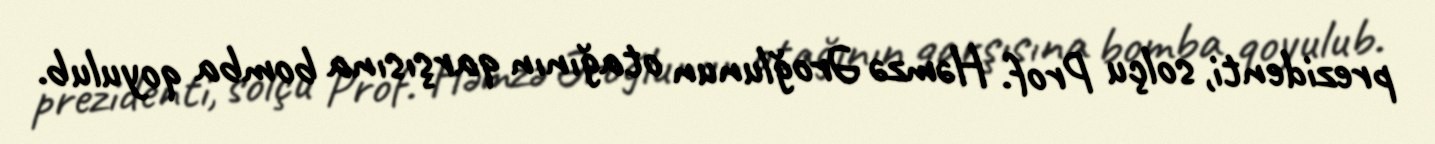
prezidenti, solçu Prof. Həmzə Əroğlunun otağının qarşısına bomba qoyulub.